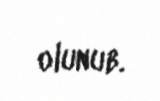
olunub.